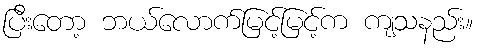
ပြီးတော့ ဘယ်လောက်မြင့်မြင့်က ကျသနည်း။